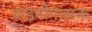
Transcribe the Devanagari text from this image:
वाड़मीमांसक